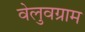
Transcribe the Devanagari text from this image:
वेलुवग्राम